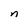
Character: n